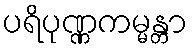
ပရိပုဏ္ဏကမ္မန္တာ